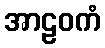
အာဠဝကံ